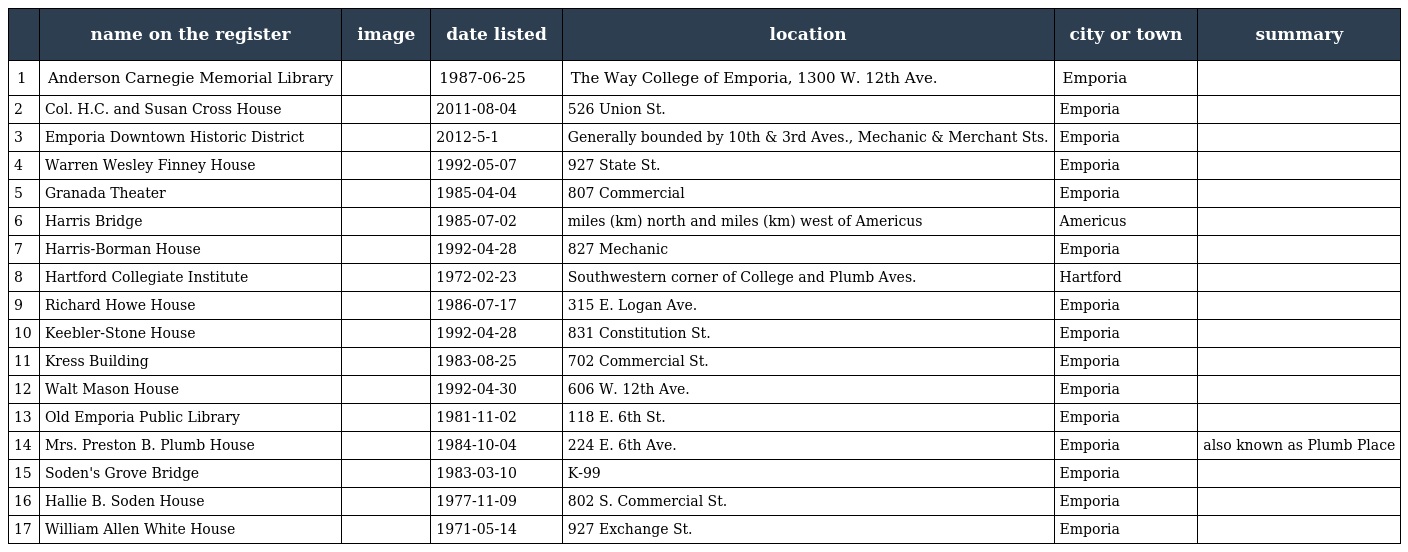
|  | name on the register | image | date listed | location | city or town | summary |
 | --- | --- | --- | --- | --- | --- | --- |
 | 1 | Anderson Carnegie Memorial Library |  | 1987-06-25 | The Way College of Emporia, 1300 W. 12th Ave. | Emporia |  |
 | 2 | Col. H.C. and Susan Cross House |  | 2011-08-04 | 526 Union St. | Emporia |  |
 | 3 | Emporia Downtown Historic District |  | 2012-5-1 | Generally bounded by 10th & 3rd Aves., Mechanic & Merchant Sts. | Emporia |  |
 | 4 | Warren Wesley Finney House |  | 1992-05-07 | 927 State St. | Emporia |  |
 | 5 | Granada Theater |  | 1985-04-04 | 807 Commercial | Emporia |  |
 | 6 | Harris Bridge |  | 1985-07-02 | miles (km) north and miles (km) west of Americus | Americus |  |
 | 7 | Harris-Borman House |  | 1992-04-28 | 827 Mechanic | Emporia |  |
 | 8 | Hartford Collegiate Institute |  | 1972-02-23 | Southwestern corner of College and Plumb Aves. | Hartford |  |
 | 9 | Richard Howe House |  | 1986-07-17 | 315 E. Logan Ave. | Emporia |  |
 | 10 | Keebler-Stone House |  | 1992-04-28 | 831 Constitution St. | Emporia |  |
 | 11 | Kress Building |  | 1983-08-25 | 702 Commercial St. | Emporia |  |
 | 12 | Walt Mason House |  | 1992-04-30 | 606 W. 12th Ave. | Emporia |  |
 | 13 | Old Emporia Public Library |  | 1981-11-02 | 118 E. 6th St. | Emporia |  |
 | 14 | Mrs. Preston B. Plumb House |  | 1984-10-04 | 224 E. 6th Ave. | Emporia | also known as Plumb Place |
 | 15 | Soden's Grove Bridge |  | 1983-03-10 | K-99 | Emporia |  |
 | 16 | Hallie B. Soden House |  | 1977-11-09 | 802 S. Commercial St. | Emporia |  |
 | 17 | William Allen White House |  | 1971-05-14 | 927 Exchange St. | Emporia |  |